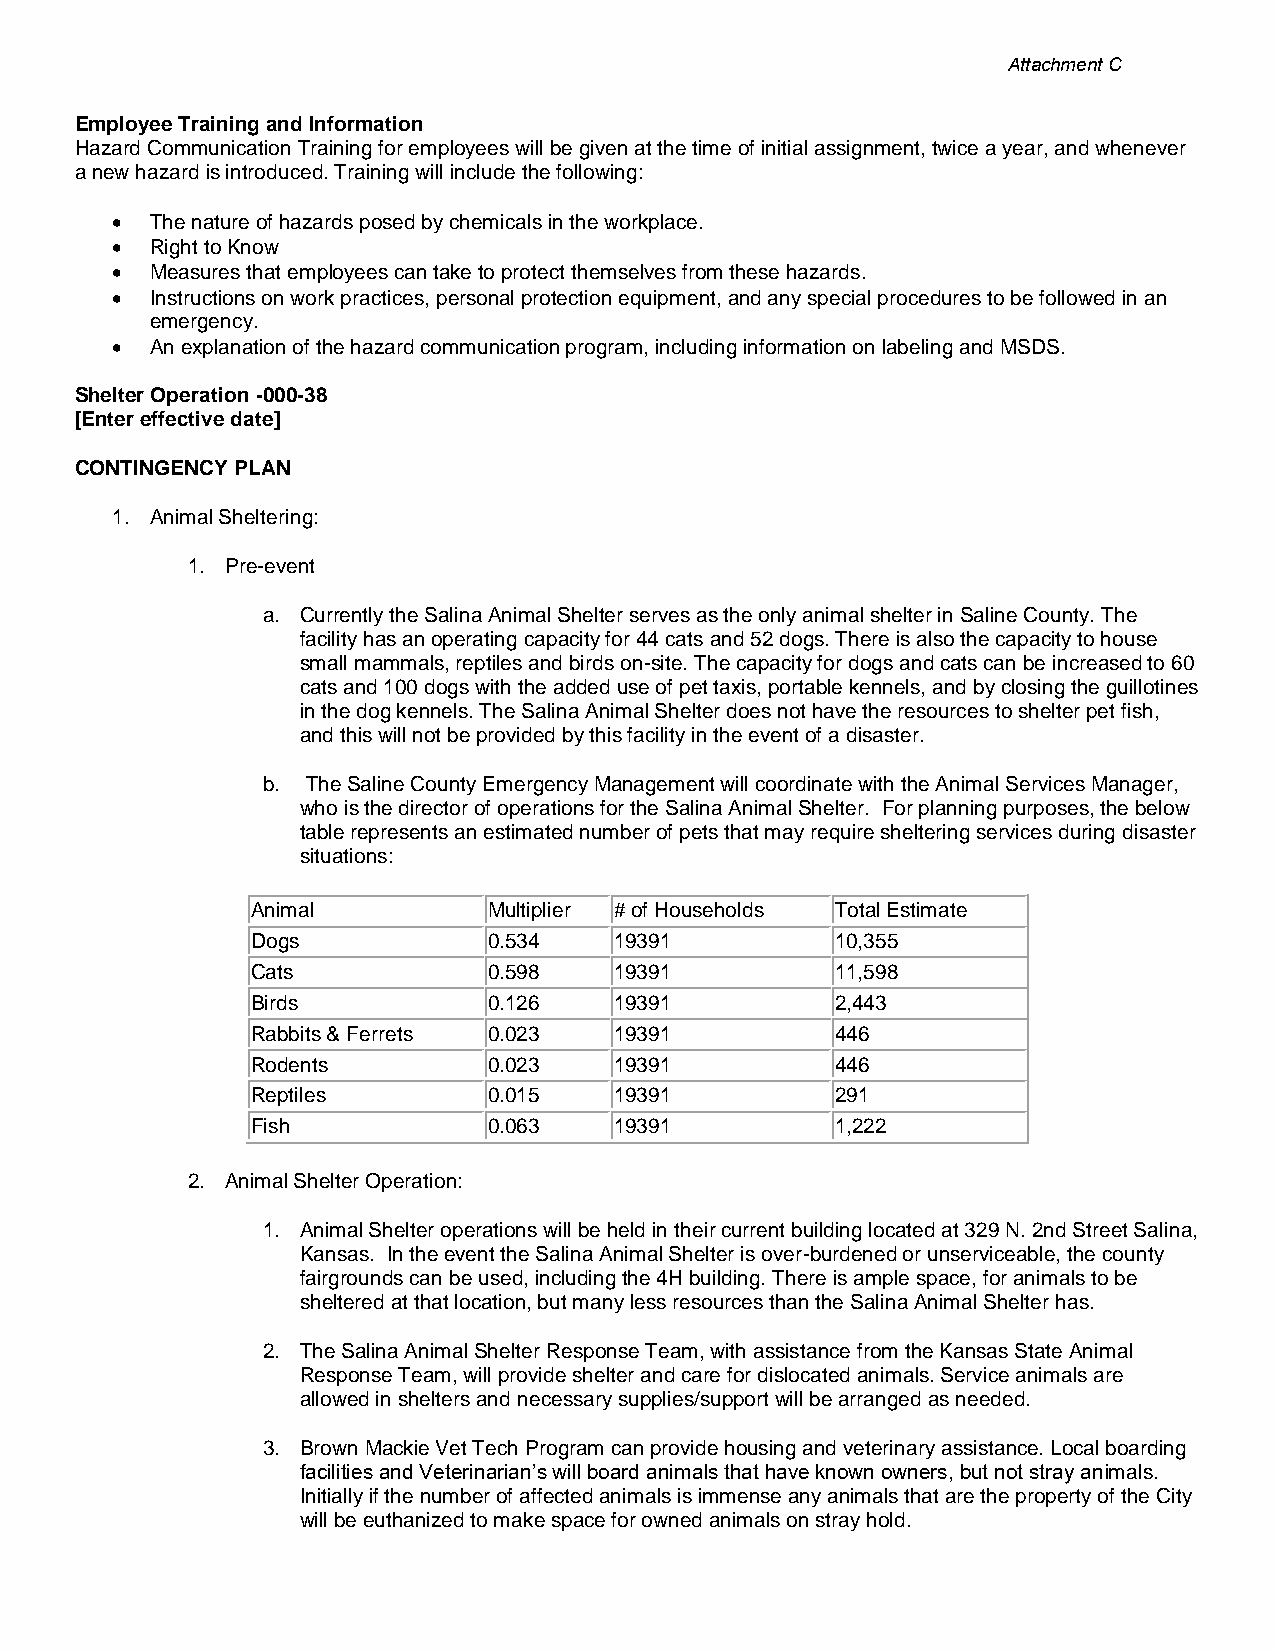
Attachment C
 Employee Training and Information
 Hazard Communication Training for employees will be given at the time of initial assignment, twice a year, and whenever
 a new hazard is introduced. Training will include the following:
 •  The nature of hazards posed by chemicals in the workplace.
 •  Right to Know
 •  Measures that employees can take to protect themselves from these hazards.
 •  Instructions on work practices, personal protection equipment, and any special procedures to be followed in an
 emergency.
 •  An explanation of the hazard communication program, including information on labeling and MSDS.
 Shelter Operation -000-38
 [Enter effective date]
 CONTINGENCY PLAN
 1. Animal Sheltering:
 1. Pre-event
 a. Currently the Salina Animal Shelter serves as the only animal shelter in Saline County. The
 facility has an operating capacity for 44 cats and 52 dogs. There is also the capacity to house
 small mammals, reptiles and birds on-site. The capacity for dogs and cats can be increased to 60
 cats and 100 dogs with the added use of pet taxis, portable kennels, and by closing the guillotines
 in the dog kennels. The Salina Animal Shelter does not have the resources to shelter pet fish,
 and this will not be provided by this facility in the event of a disaster.
 b. The Saline County Emergency Management will coordinate with the Animal Services Manager,
 who is the director of operations for the Salina Animal Shelter. For planning purposes, the below
 table represents an estimated number of pets that may require sheltering services during disaster
 situations:
 Animal         Multiplier # of Households Total Estimate
 Dogs           0.534    19391         10,355
 Cats           0.598    19391         11,598
 Birds          0.126    19391         2,443
 Rabbits & Ferrets 0.023 19391         446
 Rodents        0.023    19391         446
 Reptiles       0.015    19391         291
 Fish           0.063    19391         1,222
 2. Animal Shelter Operation:
 1. Animal Shelter operations will be held in their current building located at 329 N. 2nd Street Salina,
 Kansas. In the event the Salina Animal Shelter is over-burdened or unserviceable, the county
 fairgrounds can be used, including the 4H building. There is ample space, for animals to be
 sheltered at that location, but many less resources than the Salina Animal Shelter has.
 2. The Salina Animal Shelter Response Team, with assistance from the Kansas State Animal
 Response Team, will provide shelter and care for dislocated animals. Service animals are
 allowed in shelters and necessary supplies/support will be arranged as needed.
 3. Brown Mackie Vet Tech Program can provide housing and veterinary assistance. Local boarding
 facilities and Veterinarian’s will board animals that have known owners, but not stray animals.
 Initially if the number of affected animals is immense any animals that are the property of the City
 will be euthanized to make space for owned animals on stray hold.